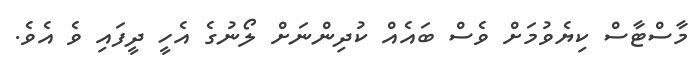
މާސްޓާސް ކިޔެވުމަށް ވެސް ބައެއް ކުދިންނަށް ލޯނުގެ އެހީ ދީފައި ވެ އެވެ.